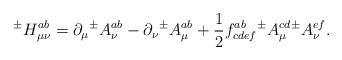
LaTeX: \begin{align*}{^{\pm}}H^{ab}_{\mu\nu} = \partial_\mu {^{\pm}}A^{ab}_{\nu} - \partial_\nu{^{\pm}}A^{ab}_\mu+ \frac{1}{2} f^{ab}_{cdef} {^{\pm}}A^{cd}_{\mu} {^{\pm}}A^{ef}_{\nu}.\end{align*}